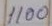
1100